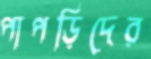
পাপড়িদের